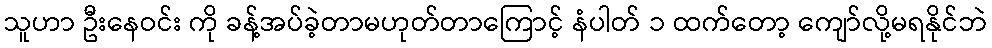
သူဟာ ဦးနေဝင်း ကို ခန့်အပ်ခဲ့တာမဟုတ်တာကြောင့် နံပါတ် ၁ ထက်တော့ ကျော်လို့မရနိုင်ဘဲ